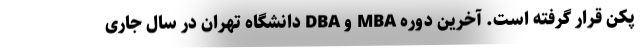
پکن قرار گرفته است. آخرين دوره MBA و DBA دانشگاه تهران در سال جاری